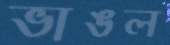
ভাঙল